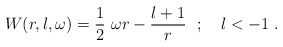
\begin{align*}W(r,l,\omega)= \frac{1}{2} ~\omega r -\frac{l+1}{r}~~;\quad l<-1 ~.\end{align*}